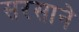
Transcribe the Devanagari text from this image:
सरसाने